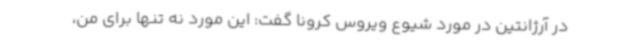
در آرژانتین در مورد شیوع ویروس کرونا گفت: این مورد نه تنها برای من،